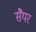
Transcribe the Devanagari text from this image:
सैयर